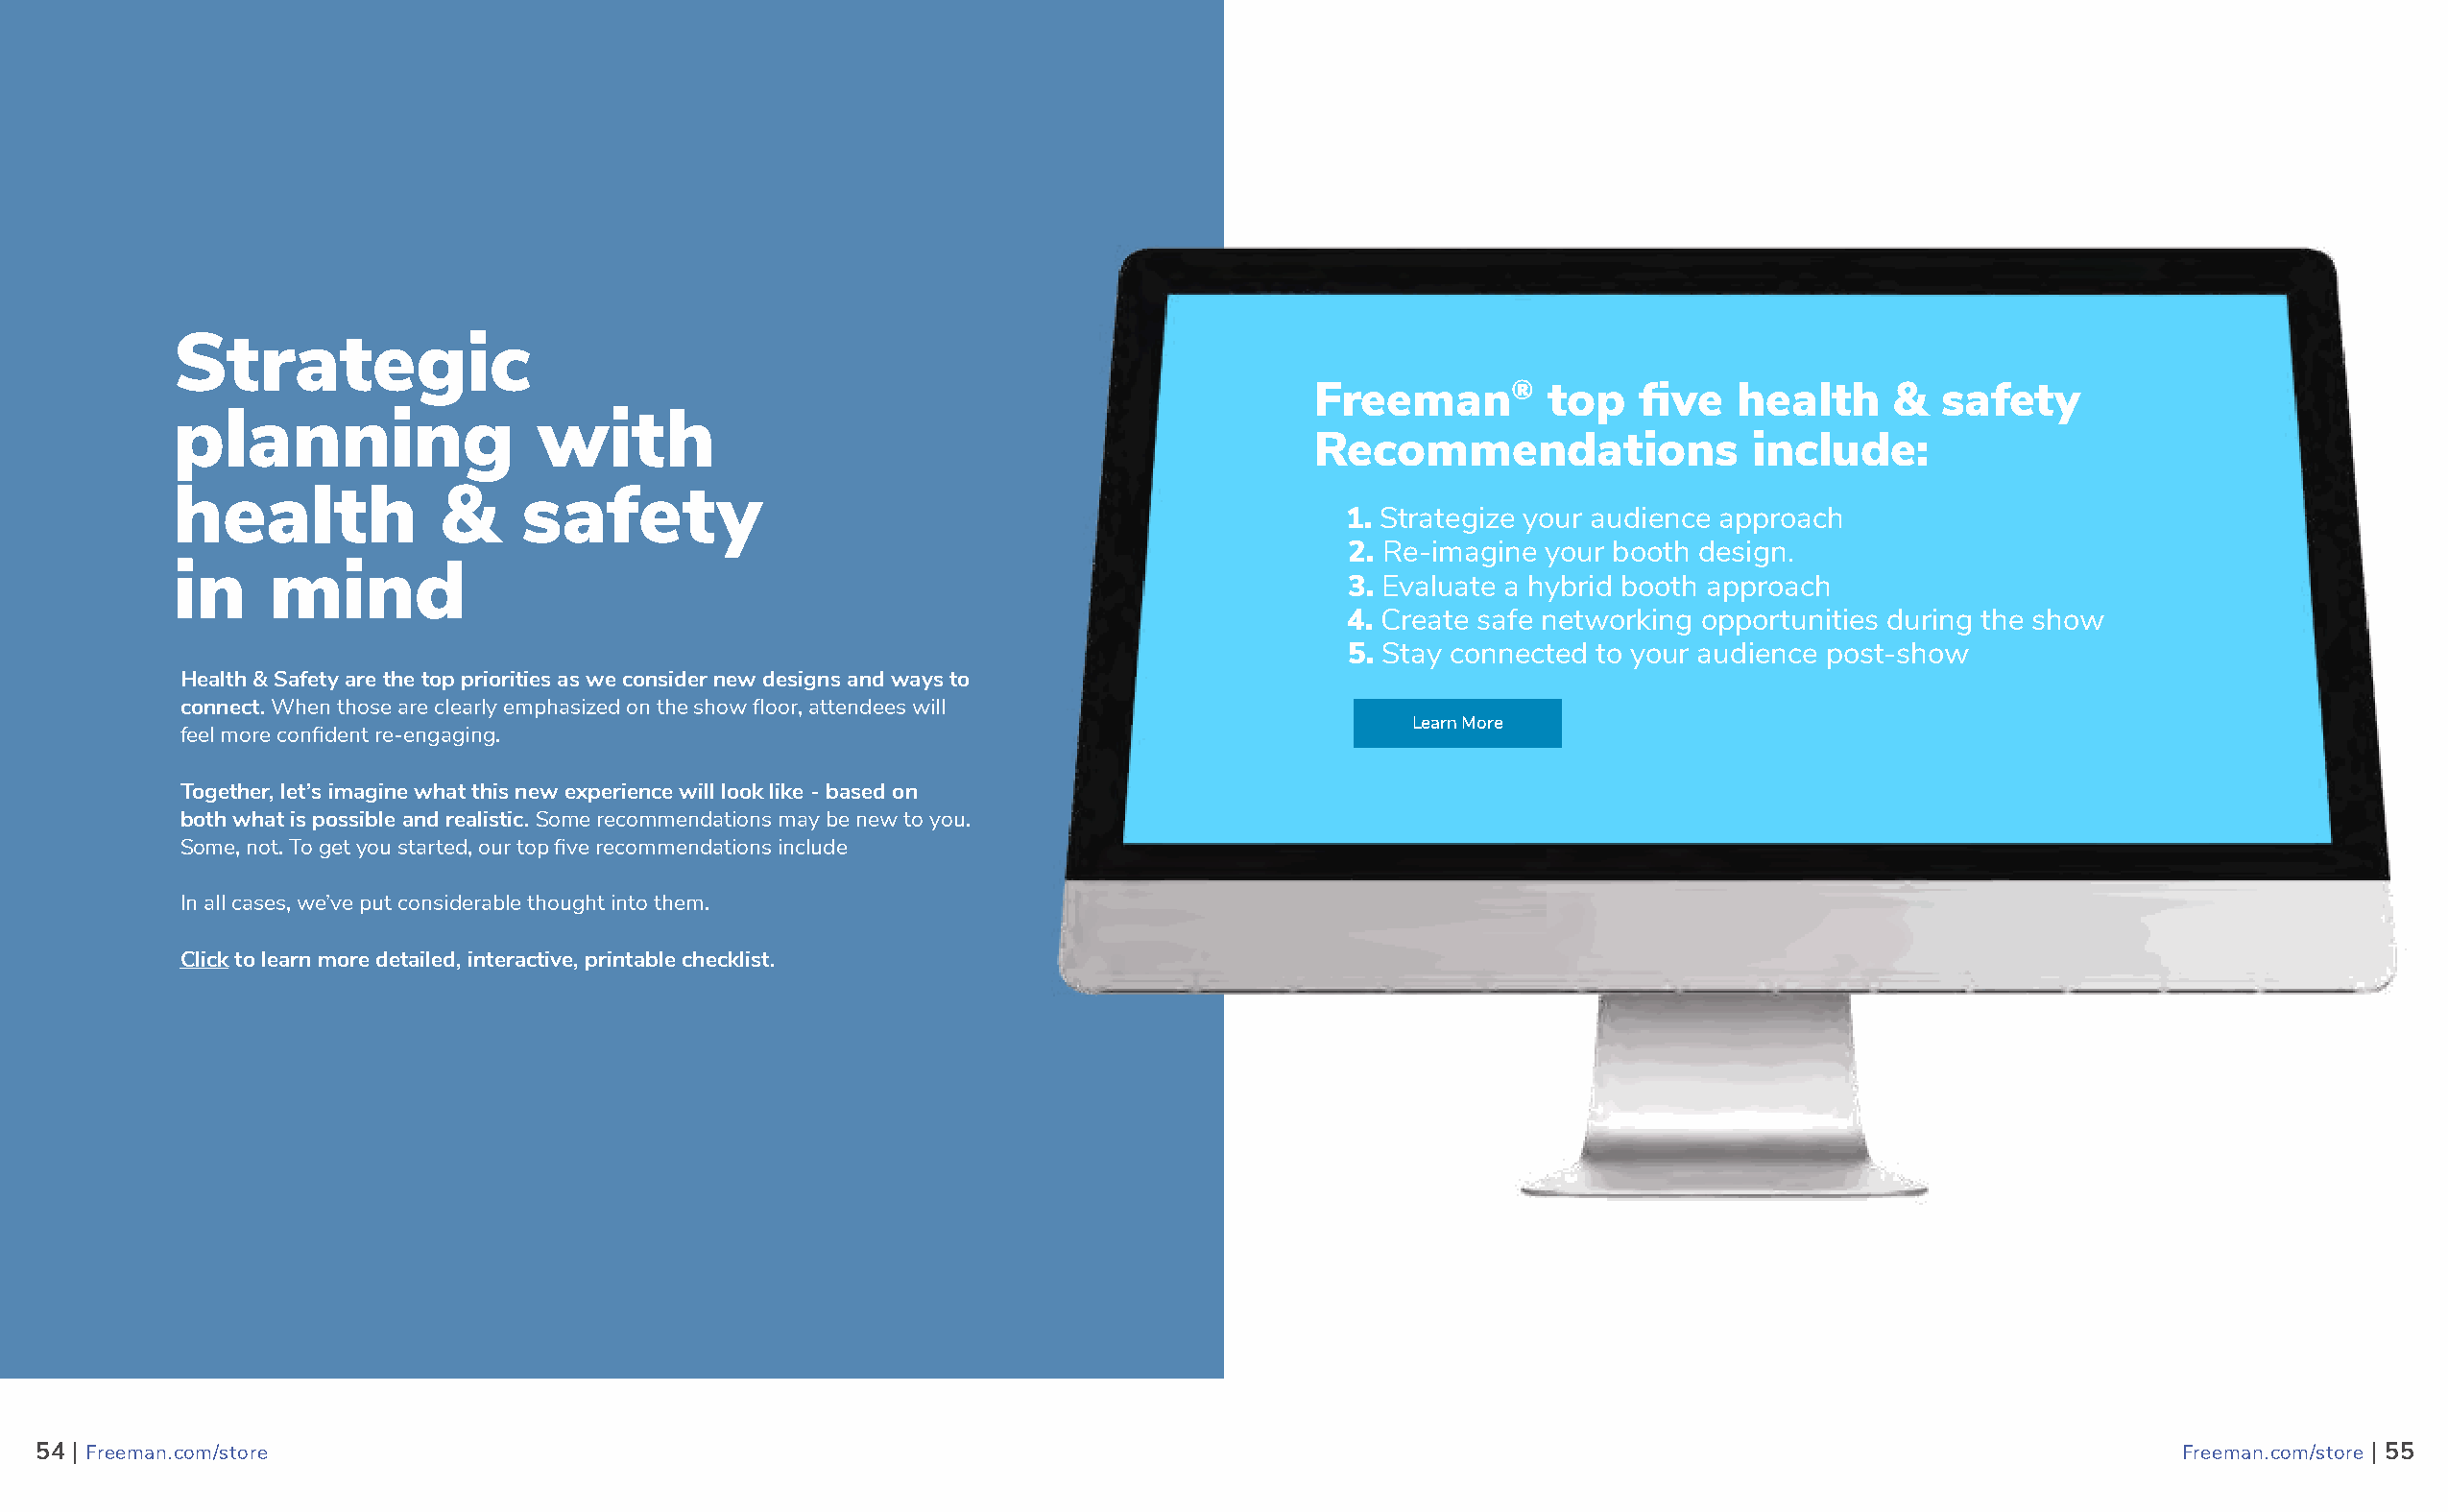
Strategic
 Freeman®        top   five   health     &  safety
 planning                 with
 Recommendations               include:
 health            &     safety
 1. Strategize your audience approach
 2. Re-imagine your booth design.
 in     mind
 3. Evaluate a hybrid booth approach
 4. Create safe networking opportunities during the show
 5. Stay connected to your audience post-show
 Health & Safety are the top priorities as we consider new designs and ways to
 connect. When those are clearly emphasized on the show floor, attendees will
 Learn More
 feel more confident re-engaging.
 Together, let’s imagine what this new experience will look like - based on
 both what is possible and realistic. Some recommendations may be new to you.
 Some, not. To get you started, our top five recommendations include
 In all cases, we’ve put considerable thought into them.
 Click to learn more detailed, interactive, printable checklist.
 5544 || FFrreeeemmaann..ccoomm//ssttoorree                                                                                                          FFrreeeemmaann..ccoomm//ssttoorree || 5555
 55                                                                                                                                                                 56